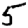
Digit: 5